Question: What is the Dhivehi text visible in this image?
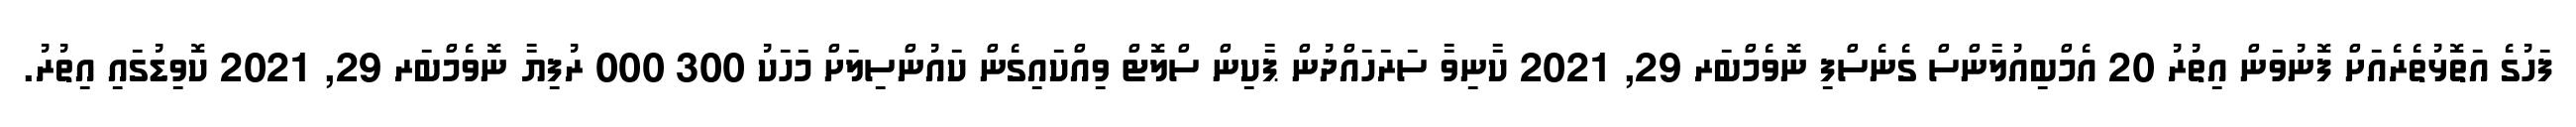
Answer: ފަހުގެ އަތޮޅުތެރެއަށް ފޮނުވަން އިތުރު 20 އެމްބިއުލާންސް ގެނެސްފި ނޮވެމްބަރ 29, 2021 ކާނިވާ ސަރަހައްދުން ޕާކިން ސްލޮޓް ވިއްކައިގެން ކައުންސިލަށް މަހަކު 300 000 ރުފިޔާ ނޮވެމްބަރ 29, 2021 ކޮވިޑުގައި އިތުރު.